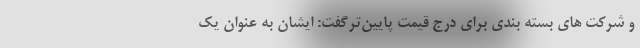
و شرکت های بسته بندی برای درج قیمت پایین‌ترگفت: ایشان به عنوان یک